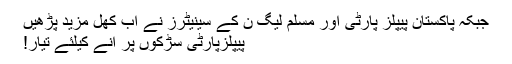
جبکہ پاکستان پیپلز پارٹی اور مسلم لیگ ن کے سینیٹرز نے اب کُھل مزید پڑھیں
پیپلزپارٹی سڑکوں پر آنے کیلئے تیار!